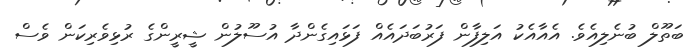
ބަތޫލް ބުނެލިއެވެ. އެއާއެކު އަލިފާން ފަރުބަދައެއް ފަޅައިގެންދާ އުސޫލުން ޝީރީންގެ ރުޅިވެރިކަން ވެސް